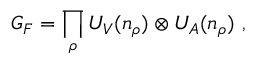
G _ { F } = \prod _ { \rho } U _ { V } ( n _ { \rho } ) \otimes U _ { A } ( n _ { \rho } ) \ ,